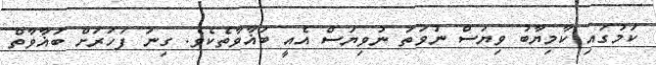
ކަމުގައި ކާމިޔާބު ވިޔަސް ނުވަތަ ނުވިޔަސް އެއީ ބަޣާވާތެކެވެ. ގިނަ ފަހަރަށް ބަޣާވާތް